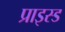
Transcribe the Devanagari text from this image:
प्राइस्ड